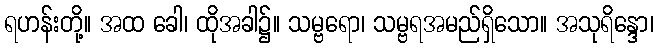
ရဟန်းတို့။ အထ ခေါ၊ ထိုအခါ၌။ သမ္ဗရော၊ သမ္ဗရအမည်ရှိသော။ အသုရိန္ဒော၊